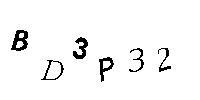
BD3P32